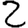
Digit: 2